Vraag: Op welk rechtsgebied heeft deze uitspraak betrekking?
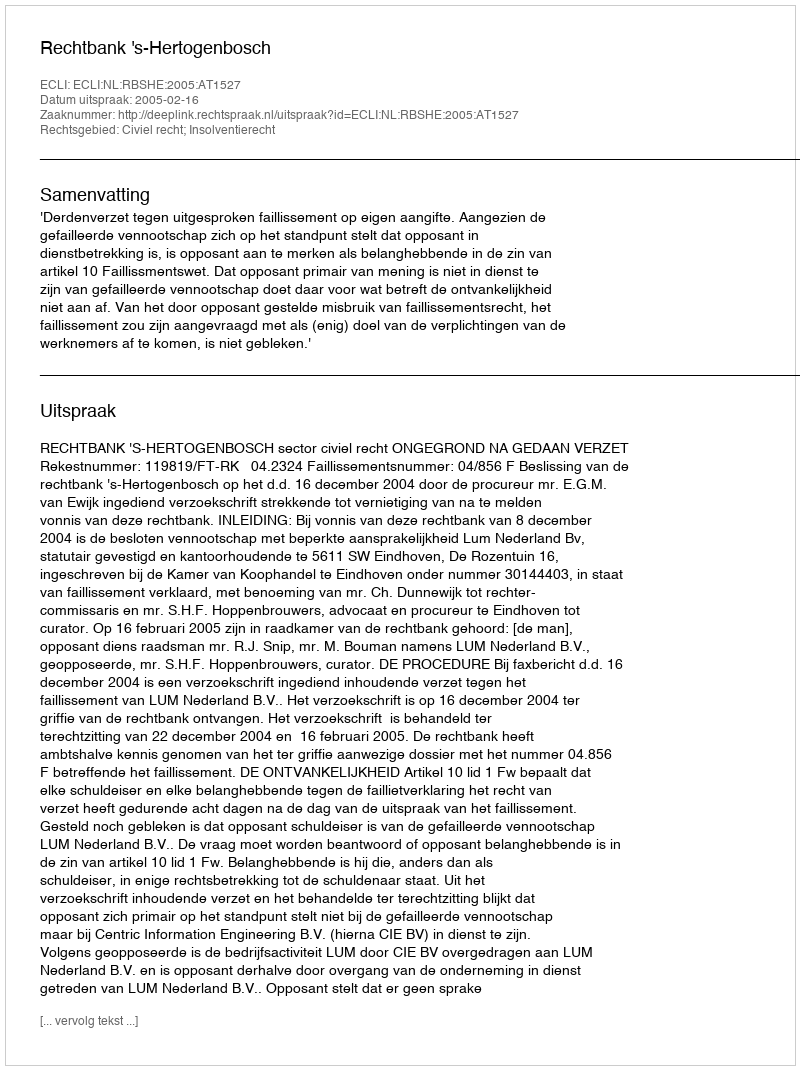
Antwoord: Civiel recht; Insolventierecht